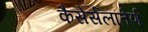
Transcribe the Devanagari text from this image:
कैसेर्सलॉतेर्ण